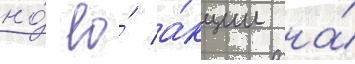
но́ ео́ а́кции на́